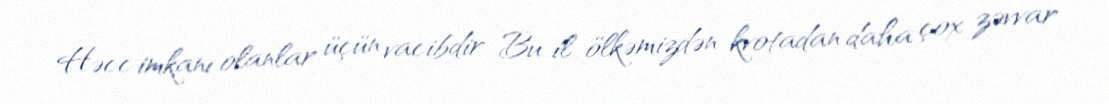
Həcc imkanı olanlar üçün vacibdir Bu il ölkəmizdən kvotadan daha çox zəvvar